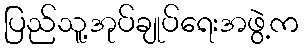
ပြည်သူ့အုပ်ချုပ်ရေးအဖွဲ့က